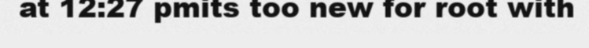
at 12:27 pmits too new for root with